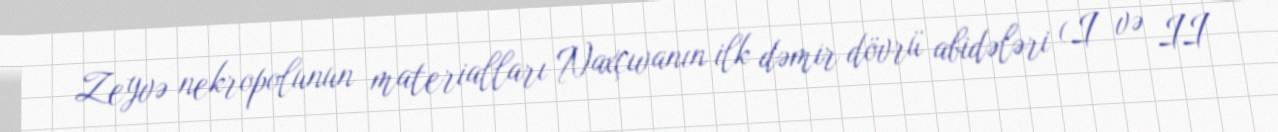
Zeyvə nekropolunun materialları Naxçıvanın ilk dəmir dövrü abidələri (I və II